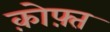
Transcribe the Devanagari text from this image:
क़ोफ़्त